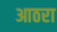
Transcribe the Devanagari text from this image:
आठरा